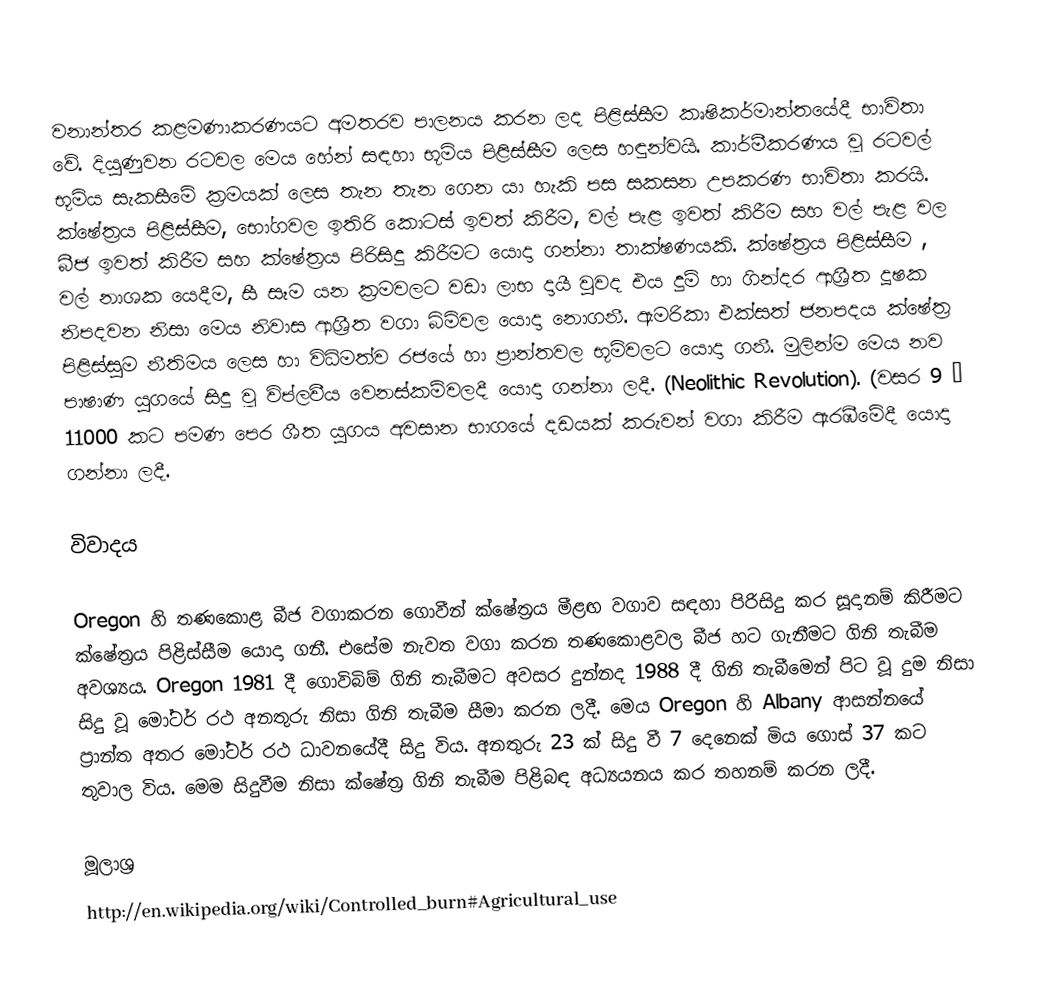
වනාන්තර කළමණාකරණයට අමතරව පාලනය කරන ලද පිළිස්සීම කෘෂිකර්මාන්තයේදී භාවිතා වේ. දියුණුවන රටවල මෙය හේන් සඳහා භූමිය පිළිස්සීම ලෙස හඳුන්වයි. කාර්මීකරණය වූ රටවල් භූමිය සැකසීමේ ක්‍රමයක් ලෙස තැන තැන ගෙන යා හැකි පස සකසන උපකරණ භාවිතා කරයි. ක්ෂේත්‍රය පිළිස්සීම, භෝගවල ඉතිරි කොටස් ඉවත් කිරීම, වල් පැළ ඉවත් කිරීම සහ වල් පැළ වල බීජ ඉවත් කිරීම සහ ක්ෂේත්‍රය පිරිසිදු කිරීමට යොදා ගන්නා තාක්ෂණයකි. ක්ෂේත්‍රය පිළිස්සීම , වල් නාශක යෙදීම, සී සෑම යන ක්‍රමවලට වඩා ලාභ දායී වුවද එය දුම් හා ගින්දර ආශ්‍රීත දූෂක නිපදවන නිසා මෙය නිවාස ආශ්‍රීත වගා බිමිවල යොදා නොගනී. ඇමරිකා එක්සත් ජනපදය ක්ෂේත්‍ර පිළිස්සුම නීතිමය ලෙස හා විධිමත්ව රජයේ හා ප්‍රාන්තවල භූමිවලට යොදා ගනී. මුලින්ම මෙය නව පාෂාණ යුගයේ සිදු වූ විප්ලවීය වෙනස්කම්වලදී යොදා ගන්නා ලදී. (Neolithic Revolution). (වසර 9 – 11000 කට පමණ පෙර ශීත යුගය අවසාන භාගයේ දඩයක් කරුවන් වගා කිරීම ඇරඹීමේදී යොදා ගන්නා ලදී.

විවාදය

Oregon හි තණකොළ බීජ වගාකරන ගොවීන් ක්ෂේත්‍රය මීළඟ වගාව සඳහා පිරිසිදු කර සූදානම් කිරීමට ක්ෂේත්‍රය පිළිස්සීම යොදා ගනී. එසේම නැවත වගා කරන තණකොළවල  බීජ හට ගැනීමට ගිනි තැබීම අවශ්‍යය. Oregon 1981 දී ගොවිබිම් ගිනි තැබීමට අවසර දුන්නද 1988 දී ගිනි තැබීමෙන් පිට වූ දුම නිසා සිදු වූ මෝටර් රථ අනතුරු නිසා ගිනි තැබීම සීමා කරන ලදී. මෙය Oregon හි Albany ආසන්නයේ ප්‍රාන්ත අතර මෝටර් රථ ධාවනයේදී සිදු විය. අනතුරු 23 ක් සිදු වී 7 දෙනෙක් මිය ගොස් 37 කට තුවාල විය. මෙම සිදුවීම නිසා ක්ෂේත්‍ර ගිනි තැබීම පිළිබඳ අධ්‍යයනය කර තහනම් කරන ලදී.

මූලාශ්‍ර
http://en.wikipedia.org/wiki/Controlled_burn#Agricultural_use